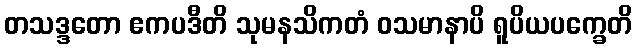
တသဒ္ဒတော ဧကပဒီတိ သုမနသိကတံ ဝသမာနာပိ ရူပိယပက္ခေတိ